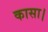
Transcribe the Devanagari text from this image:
कासा।